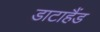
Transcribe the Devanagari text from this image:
डाटाहैंड